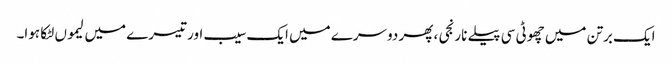
ایک برتن میں چھوٹی سی پیلے نارنجی ، پھر دوسرے میں ایک سیب اور تیسرے میں لیموں لٹکا ہوا۔